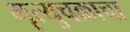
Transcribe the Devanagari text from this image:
मृत्युचक्राचा